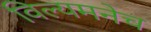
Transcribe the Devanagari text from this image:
विल्यमनेच